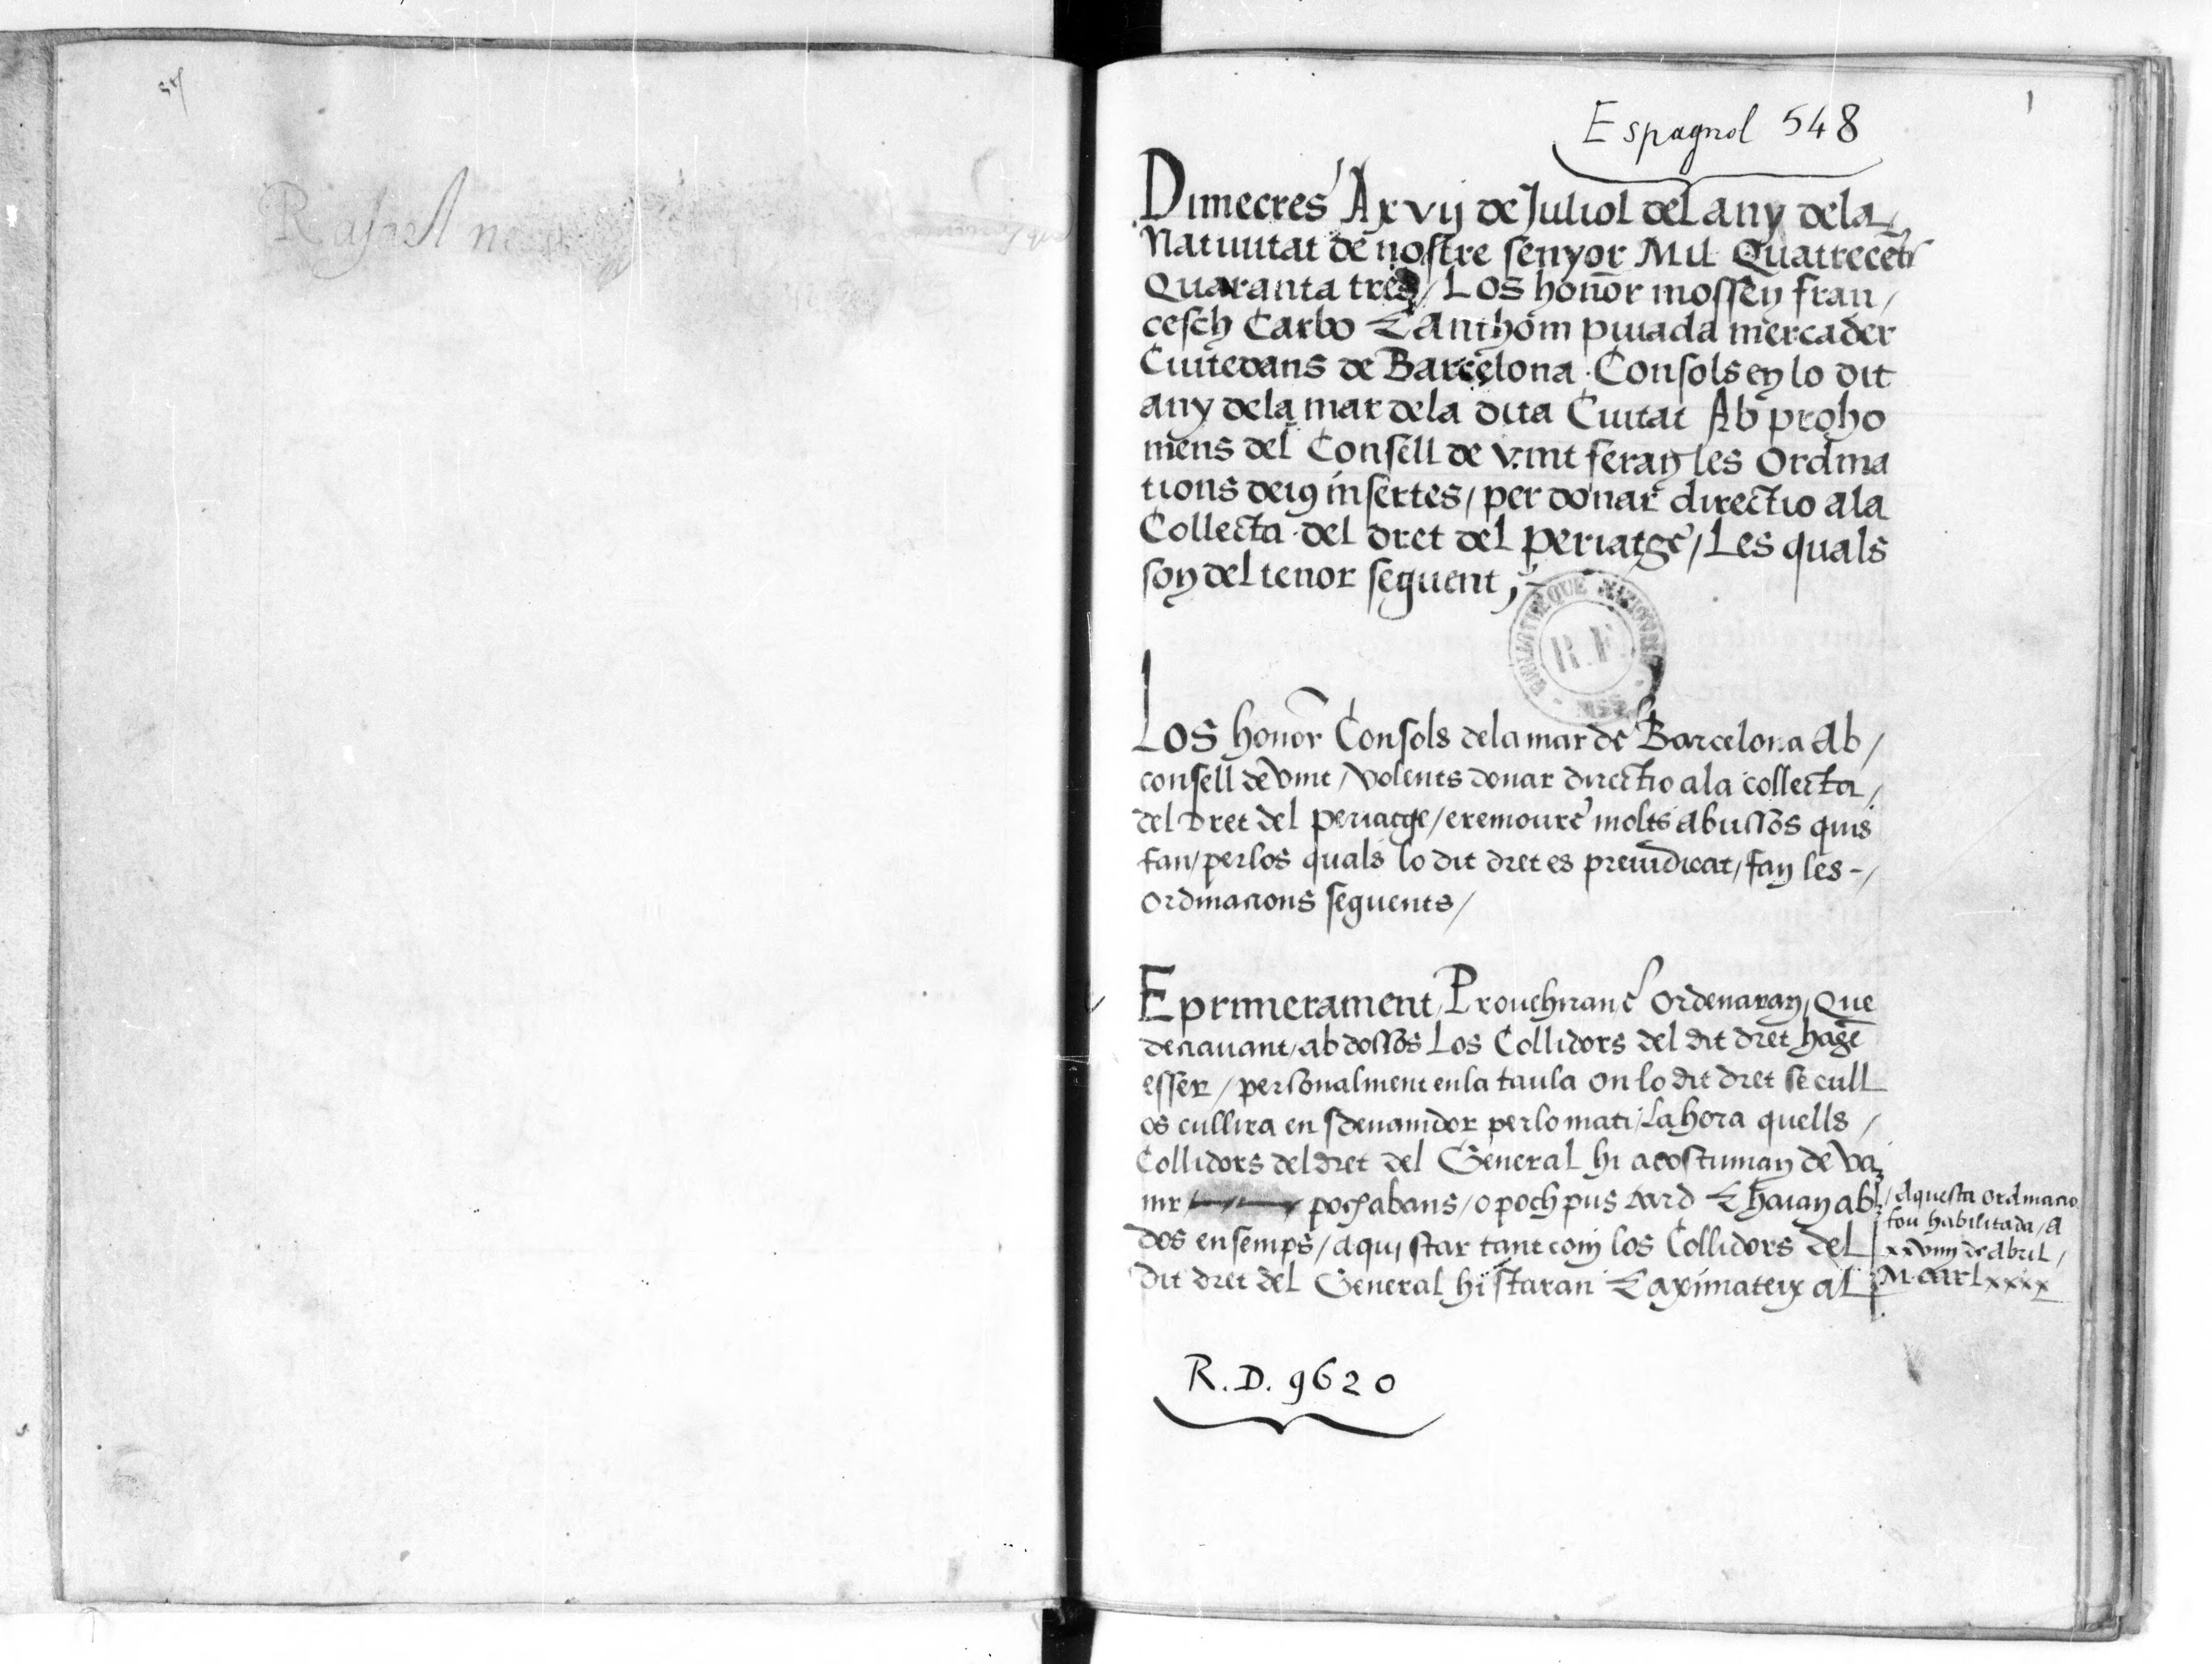
Shelfmark: Paris, BnF, esp. 548
Century: 16